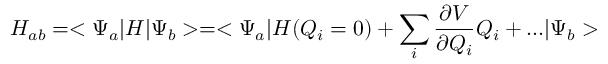
H _ { a b } = < \Psi _ { a } | H | \Psi _ { b } > = < \Psi _ { a } | H ( Q _ { i } = 0 ) + \sum _ { i } { \frac { \partial V } { \partial Q _ { i } } } Q _ { i } + . . . | \Psi _ { b } >